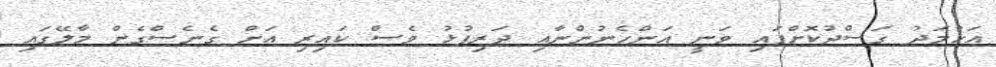
އަހުމަދު ގަސްދުކޮށްފައި ވަނީ އަންހެނުންނާއި ދަރިފުޅު ވެސް ކައިރި އަށް ގެނެސްގެން މާލޭގައި